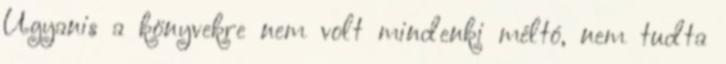
Ugyanis a könyvekre nem volt mindenki méltó, nem tudta